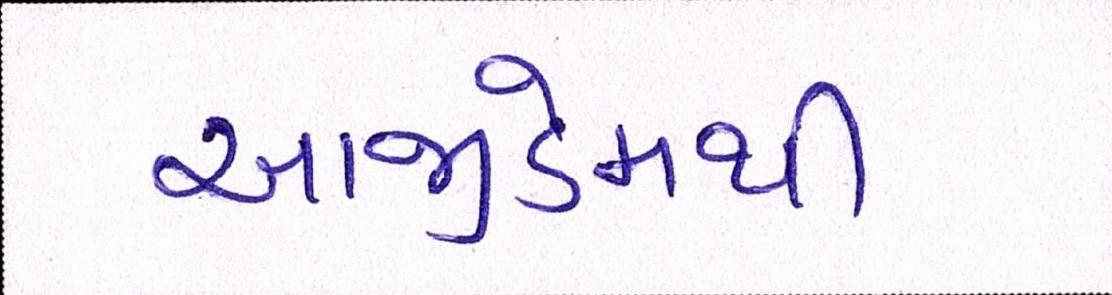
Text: આજીડેમથી